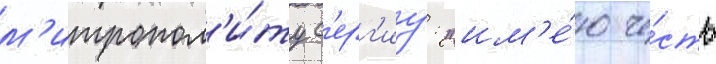
м'итропол'и́ту с'ерг'иу: "им'е́ю че́сть